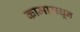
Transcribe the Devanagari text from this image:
कामामधून